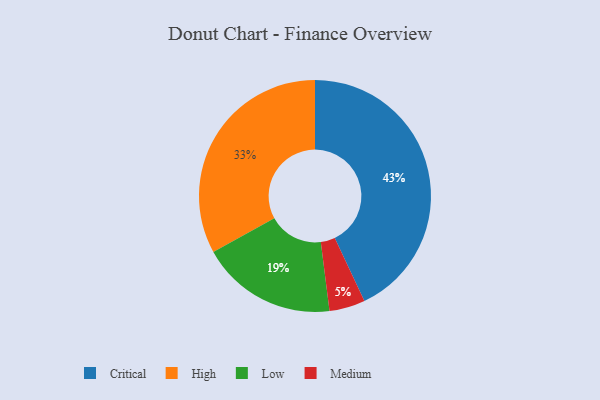
{"axis": {"x": "Category", "y": "Percentage"}, "legend": ["Critical", "High", "Low", "Medium"], "data": [{"x": "Low", "y": 19, "type": "Low"}, {"x": "High", "y": 33, "type": "High"}, {"x": "Medium", "y": 5, "type": "Medium"}, {"x": "Critical", "y": 43, "type": "Critical"}]}